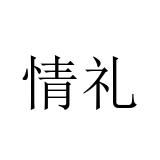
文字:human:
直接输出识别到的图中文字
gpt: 情礼